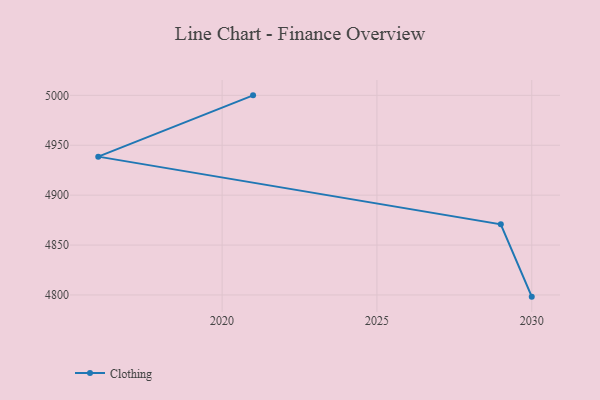
{"axis": {"x": "Year", "y": "LTV (USD)"}, "legend": ["Clothing"], "data": [{"x": "2030", "y": 4798.3, "type": "Clothing"}, {"x": "2029", "y": 4870.8, "type": "Clothing"}, {"x": "2016", "y": 4938.6, "type": "Clothing"}, {"x": "2021", "y": 5000, "type": "Clothing"}]}